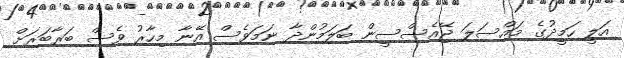
އަލީ ހަމީދުގެ މައްސަލަ ޖޭއެސްސީން ބަލަމުންދާ ނަމަވެސް އޭނާ މިހާރު ވެސް ބަރާބަރަށް